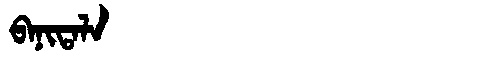
Manchu: ᠪᠠᠨᡳᡨᠠᠯᠠ
Romanization: BANITALA